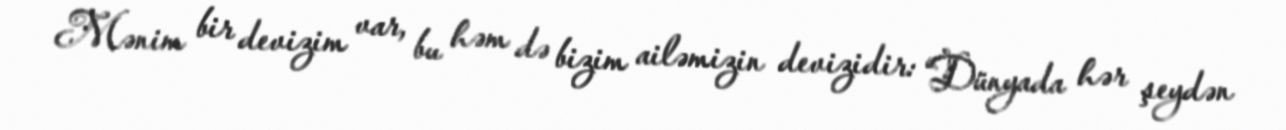
Mənim bir devizim var, bu həm də bizim ailəmizin devizidir: “Dünyada hər şeydən